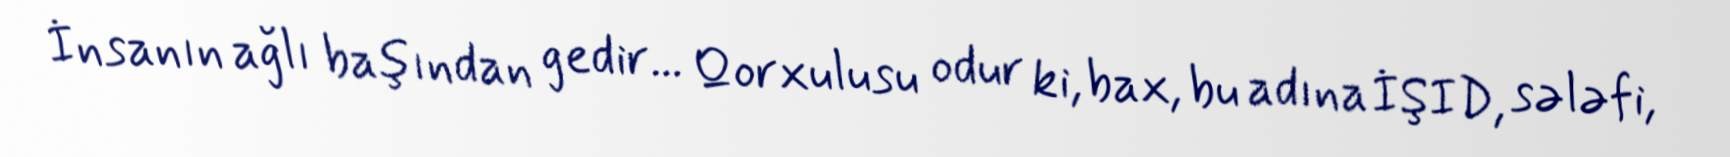
İnsanın ağlı başından gedir... Qorxulusu odur ki, bax, bu adına İŞID, sələfi,